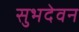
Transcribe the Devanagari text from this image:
सुभदेवन